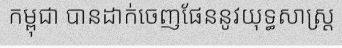
កម្ពុជា បានដាក់ចេញផែននូវយុទ្ធសាស្ត្រ